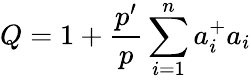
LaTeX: Q=1+\frac{p^{\prime}}{p}\sum_{i=1}^{n}a_{i}^{+}a_{i}